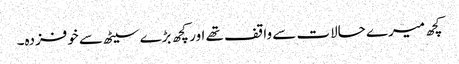
کچھ میرے حالات سے واقف تھے اور کچھ بڑے سیٹھ سے خوفزدہ۔